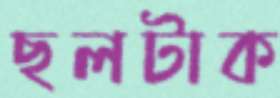
ছলটাক